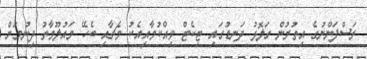
ރަސްފަންނުގެ އިތުރުން ގަލޮޅު ދަނޑުގައި ޓިކެޓް ވިއްކުމާއިއެކު މެޗާއި ބެހޭ މައުލޫމާތު ދިނުމަށް